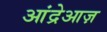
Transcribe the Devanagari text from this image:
आंद्रेआज़